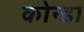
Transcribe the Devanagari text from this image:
कोन्डा